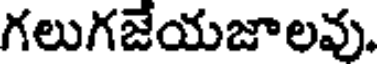
గలుగజేయజాలవు.